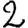
Digit: 2